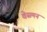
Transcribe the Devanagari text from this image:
वेसमन